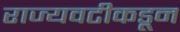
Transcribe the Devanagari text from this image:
राज्यवटीकडून